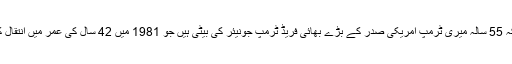
واضح رہے کہ 55 سالہ میری ٹرمپ امریکی صدر کے بڑے بھائی فریڈ ٹرمپ جونیئر کی بیٹی ہیں جو 1981 میں 42 سال کی عمر میں انتقال کر گئے تھے۔